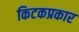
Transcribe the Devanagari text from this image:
किटकप्रकार